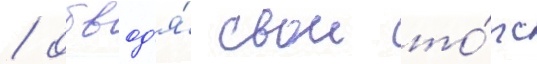
/ обвод'я́ свои то́рс